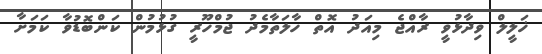
ޚަލީލް ވިދާޅުވީ ރާއްޖެ މިއަދު އޮތް ހާލަތާމެދު ޖުމްހޫރީ ގުޅުމުން ކަންބޮޑުވާ ކަމަށާ